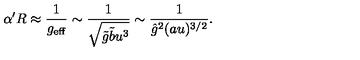
\alpha ^ { \prime } R \approx \frac { 1 } { g _ { \mathrm { e f f } } } \sim \frac { 1 } { \sqrt { \tilde { g } \tilde { b } u ^ { 3 } } } \sim \frac { 1 } { { \hat { g } } ^ { 2 } ( a u ) ^ { 3 / 2 } } .